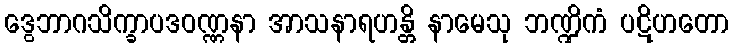
ဒွေဘာဂသိက္ခာပဒဝဏ္ဏနာ အာသနာရဟန္တိ နာမေသု ဘဏ္ဍိကံ ပဋိဟတော